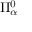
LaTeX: \Pi _ { \alpha } ^ { 0 }